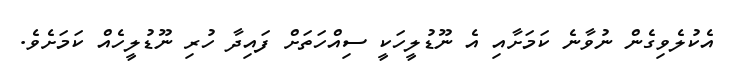
އެކުލެވިގެން ނުވާނެ ކަމަށާއި އެ ނޫޑުލީހަކީ ސިއްހަތަށް ފައިދާ ހުރި ނޫޑުލީހެއް ކަމަށެވެ.